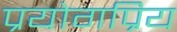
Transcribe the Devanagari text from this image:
प्रयोगप्रिय